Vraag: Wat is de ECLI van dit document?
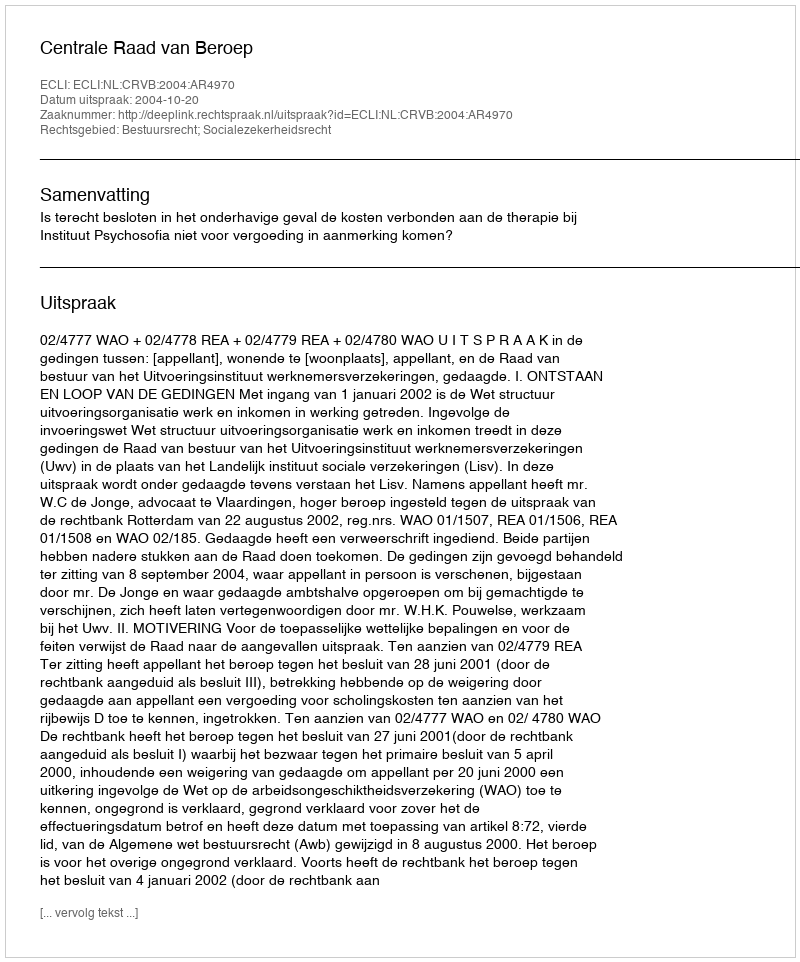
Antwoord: ECLI:NL:CRVB:2004:AR4970